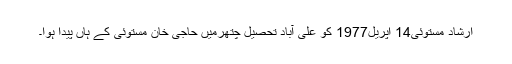
ارشاد مستوئی14 اپریل1977 کو علی آباد تحصیل چتھرمیں حاجی خان مستوئی کے ہاں پیدا ہوا۔